Jarvakandi_vallavalitsus, lk 6
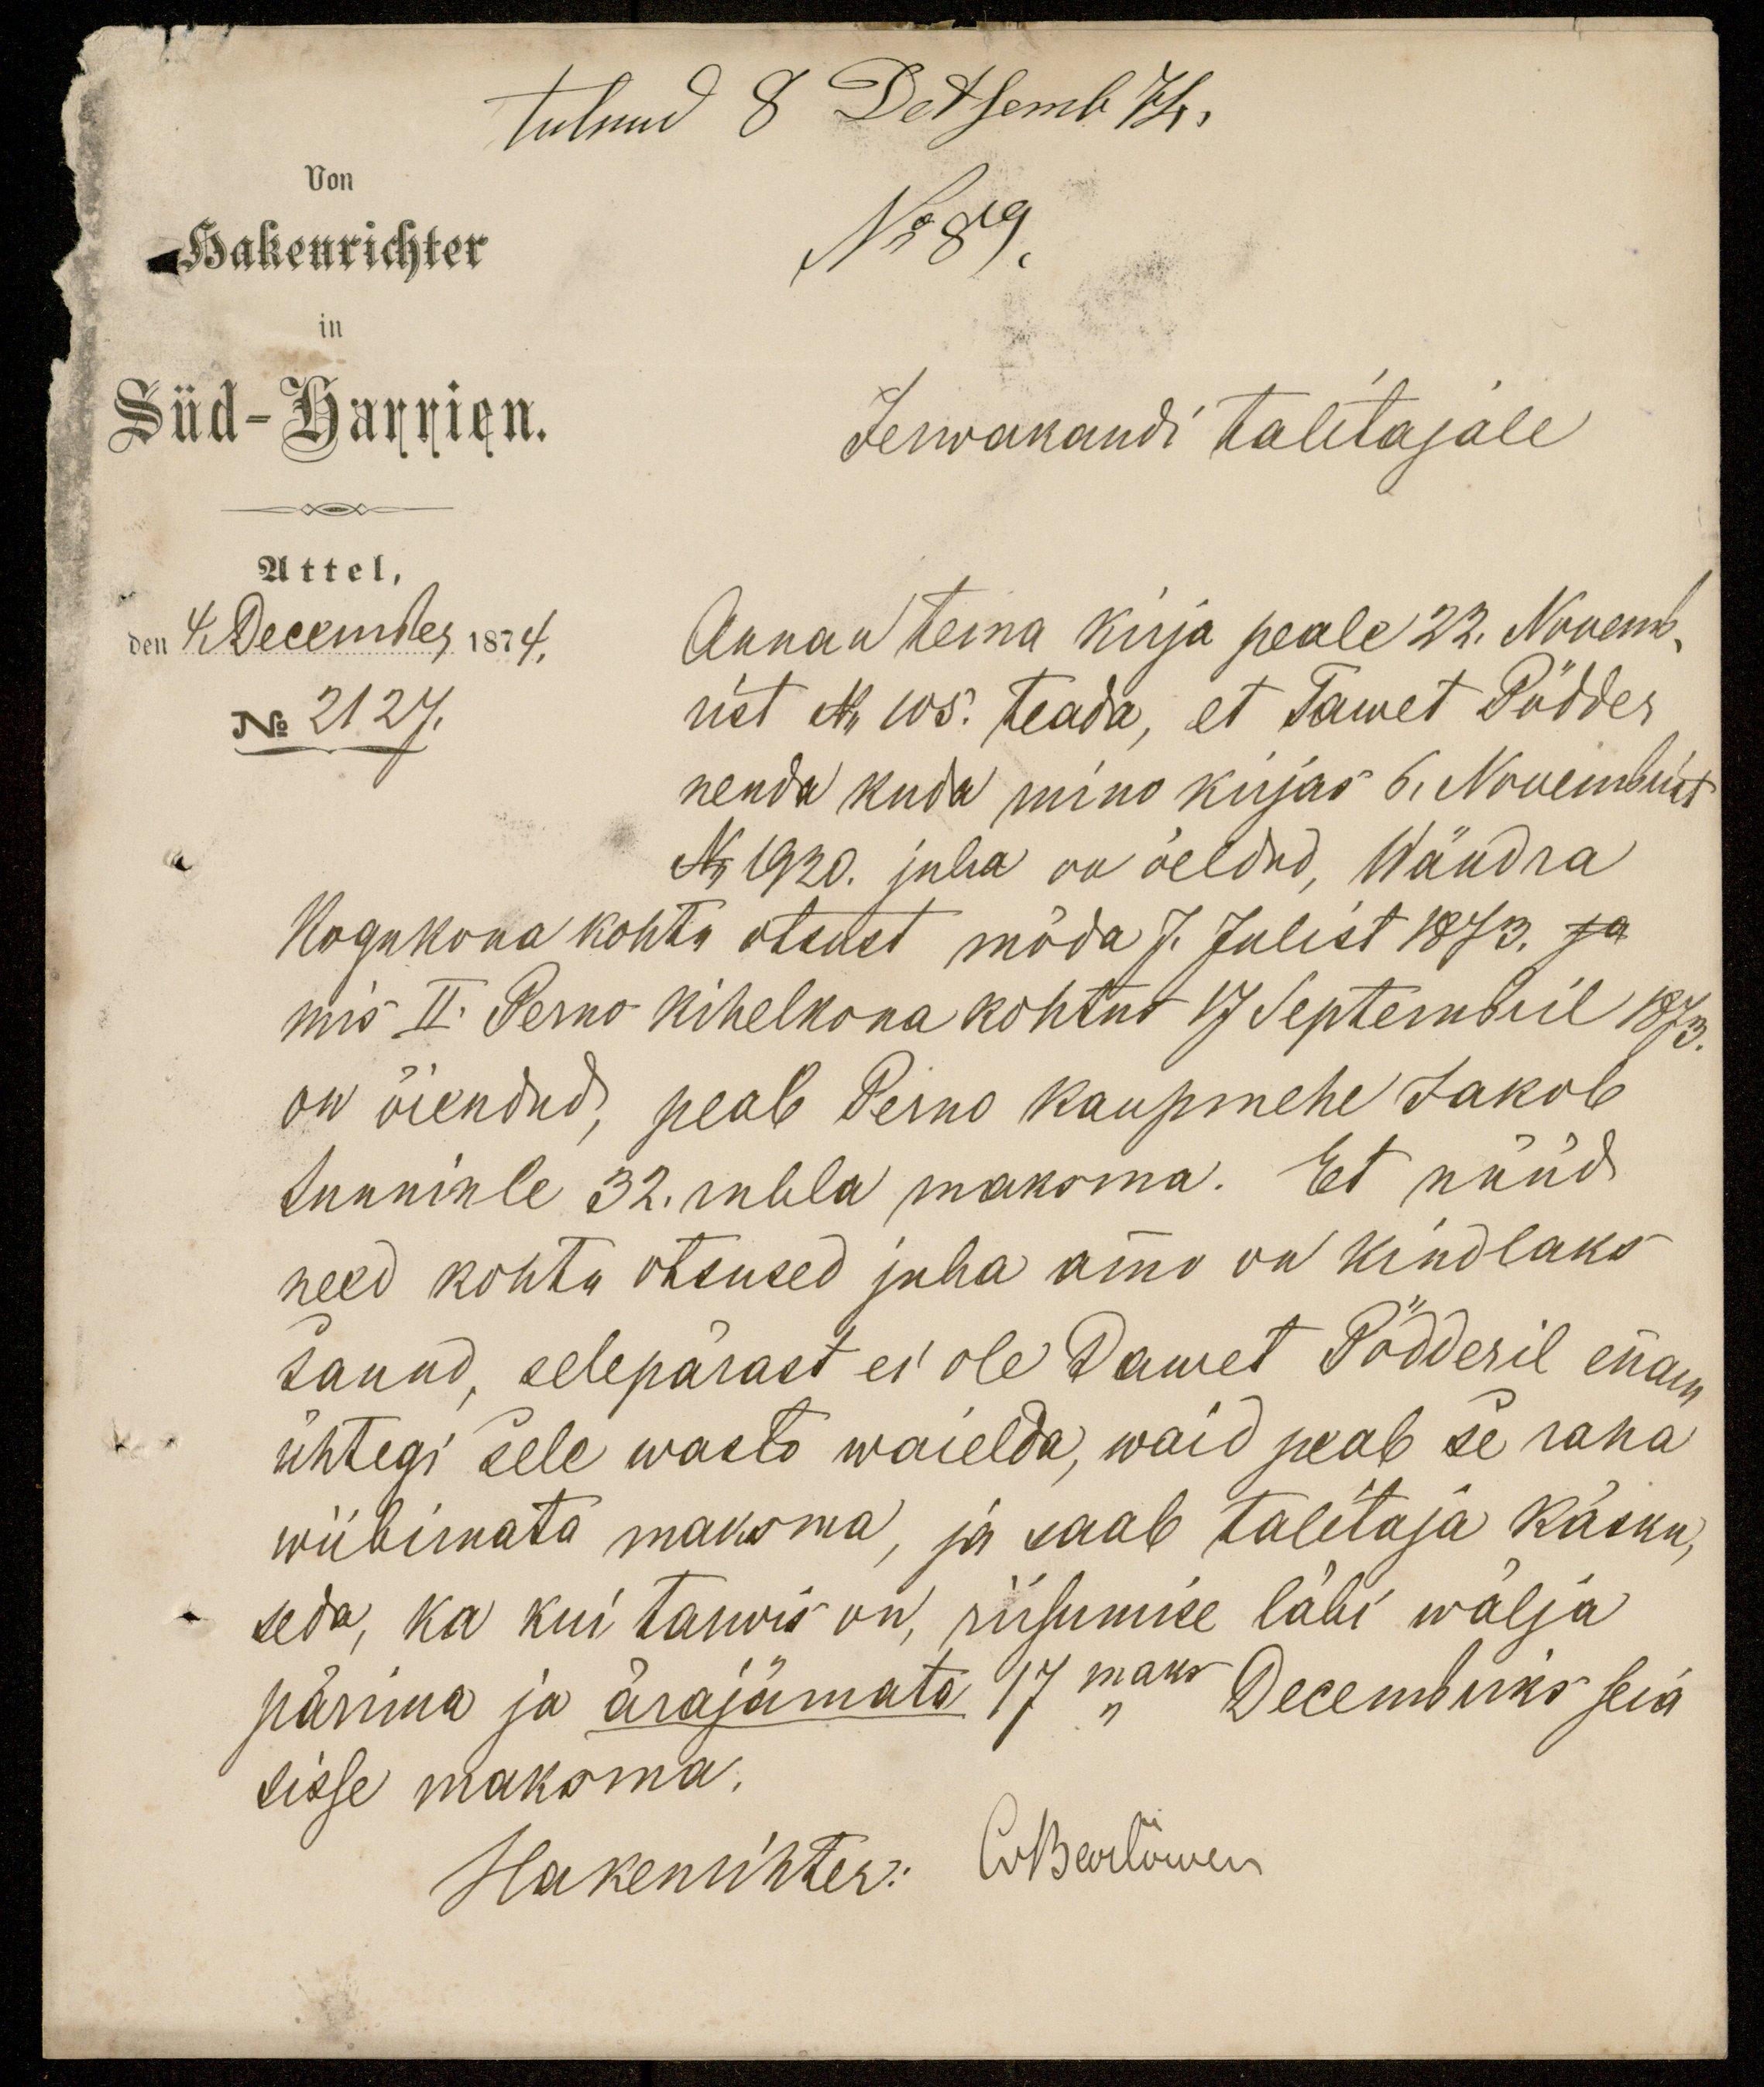
tulnud 8 Detsemb 74.
Von
Hakenrichter
No 89.
Süd-Harrien.
Jerwakandi talitajale
Attel,
den
4 December 1874.
Annan tema kirja peale 22. Novemb-
No 2127.
rist N 105. teada, et Tawet Pödder
nenda kuda mino kirjas 6. Nowembrist
Nr 1920. juba on öeldud, Wändra
Kogukona kohto otsust möda 7. Julist 1873. ja
mis II. Perno kihelkona kohtus 17 Septembril 1873.
on õiendud, peab Perno kaupmehe Jakob
tunninle 32. rubla maksma. Et nüüd
need kohtu otsused juba ammo on kindlaks
sanud, selepärast ei ole Dawet Pödderil enam
ühtegi sele wasto waielda, waid peab se raha
wiibimata maksma, ja saab talitaja käsku,
seda, ka kui tarwis on, riisumise läbi wälja
pärima ja ärajämata 17maks Decembriks seia
sisse maksma.
Hakenrichter: O. Bertowen